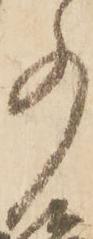
事